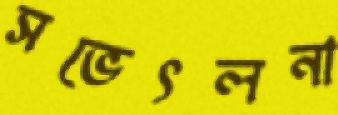
সভেৎলনা